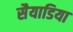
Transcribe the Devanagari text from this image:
सैयाडिया